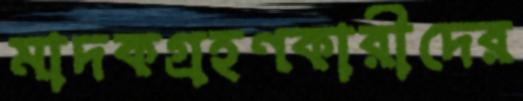
মাদকগ্রহণকারীদের